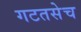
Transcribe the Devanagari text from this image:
गटतसेच